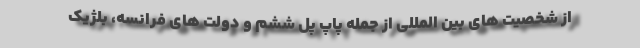
از شخصیت ‌های بین ‌المللی از جمله پاپ پل ششم و دولت‌ های فرانسه، بلژیک